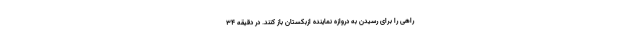
راهی را برای رسیدن به دروازه نماینده ازبکستان باز کنند. در دقیقه ۳۴